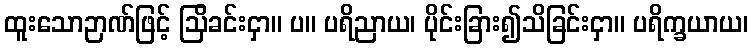
ထူးသောဉာဏ်ဖြင့် ဩိခင်းငှာ။ ပ။ ပရိညာယ၊ ပိုင်းခြား၍သိခြင်းငှာ။ ပရိက္ခယာယ၊